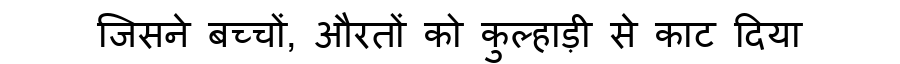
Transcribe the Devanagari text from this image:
जिसने बच्चों, औरतों को कुल्हाड़ी से काट दिया